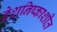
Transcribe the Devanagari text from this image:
देशनिष्काशीत